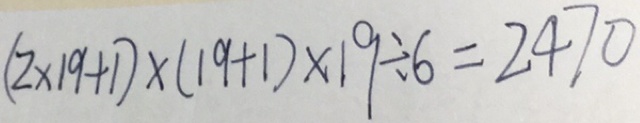
( 2 \times 1 9 + 1 ) \times ( 1 9 + 1 ) \times 1 9 \div 6 = 2 4 7 0